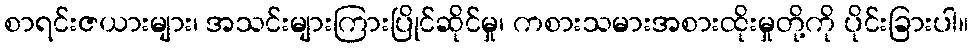
စာရင်းဇယားများ၊ အသင်းများကြားပြိုင်ဆိုင်မှု၊ ကစားသမားအစားထိုးမှုတို့ကို ပိုင်းခြားပါ။